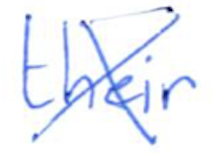
Text: their
Cross-out: cross
Writing tool: ballpoint